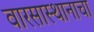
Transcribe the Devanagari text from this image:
वारसास्थानाचा